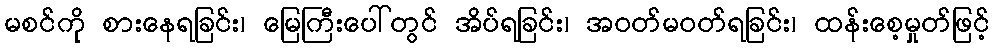
မစင်ကို စားနေရခြင်း၊ မြေကြီးပေါ်တွင် အိပ်ရခြင်း၊ အဝတ်မဝတ်ရခြင်း၊ ထန်းစေ့မှုတ်ဖြင့်